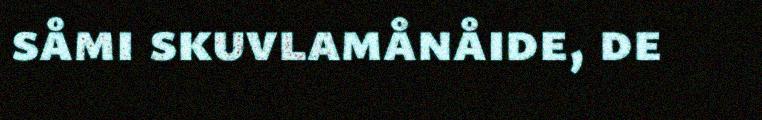
såmi skuvlamånåide, de